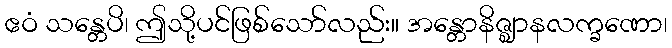
ဧဝံ သန္တေပိ၊ ဤသို့ပင်ဖြစ်သော်လည်း။ အန္တောနိဇ္ဈာနလက္ခဏော၊